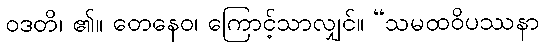
ဝဒတိ၊ ၏။ တေနေဝ၊ ကြောင့်သာလျှင်။ “သမထဝိပဿနာ